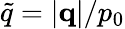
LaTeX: \tilde{q}=|\mathbf{q}|/p_{0}